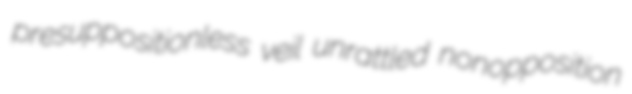
presuppositionless veil unrattled nonopposition